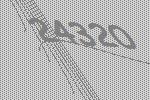
24320